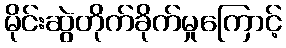
မိုင်းဆွဲတိုက်ခိုက်မှုကြောင့်